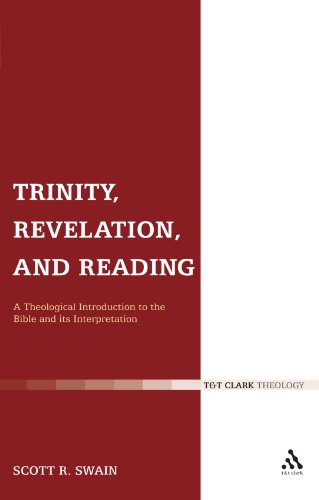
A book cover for Trinity, Revelation, and Reading: A Theological Introduction to the Bible and its Interpretation; Scott R. Swain; Christian Books & Bibles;